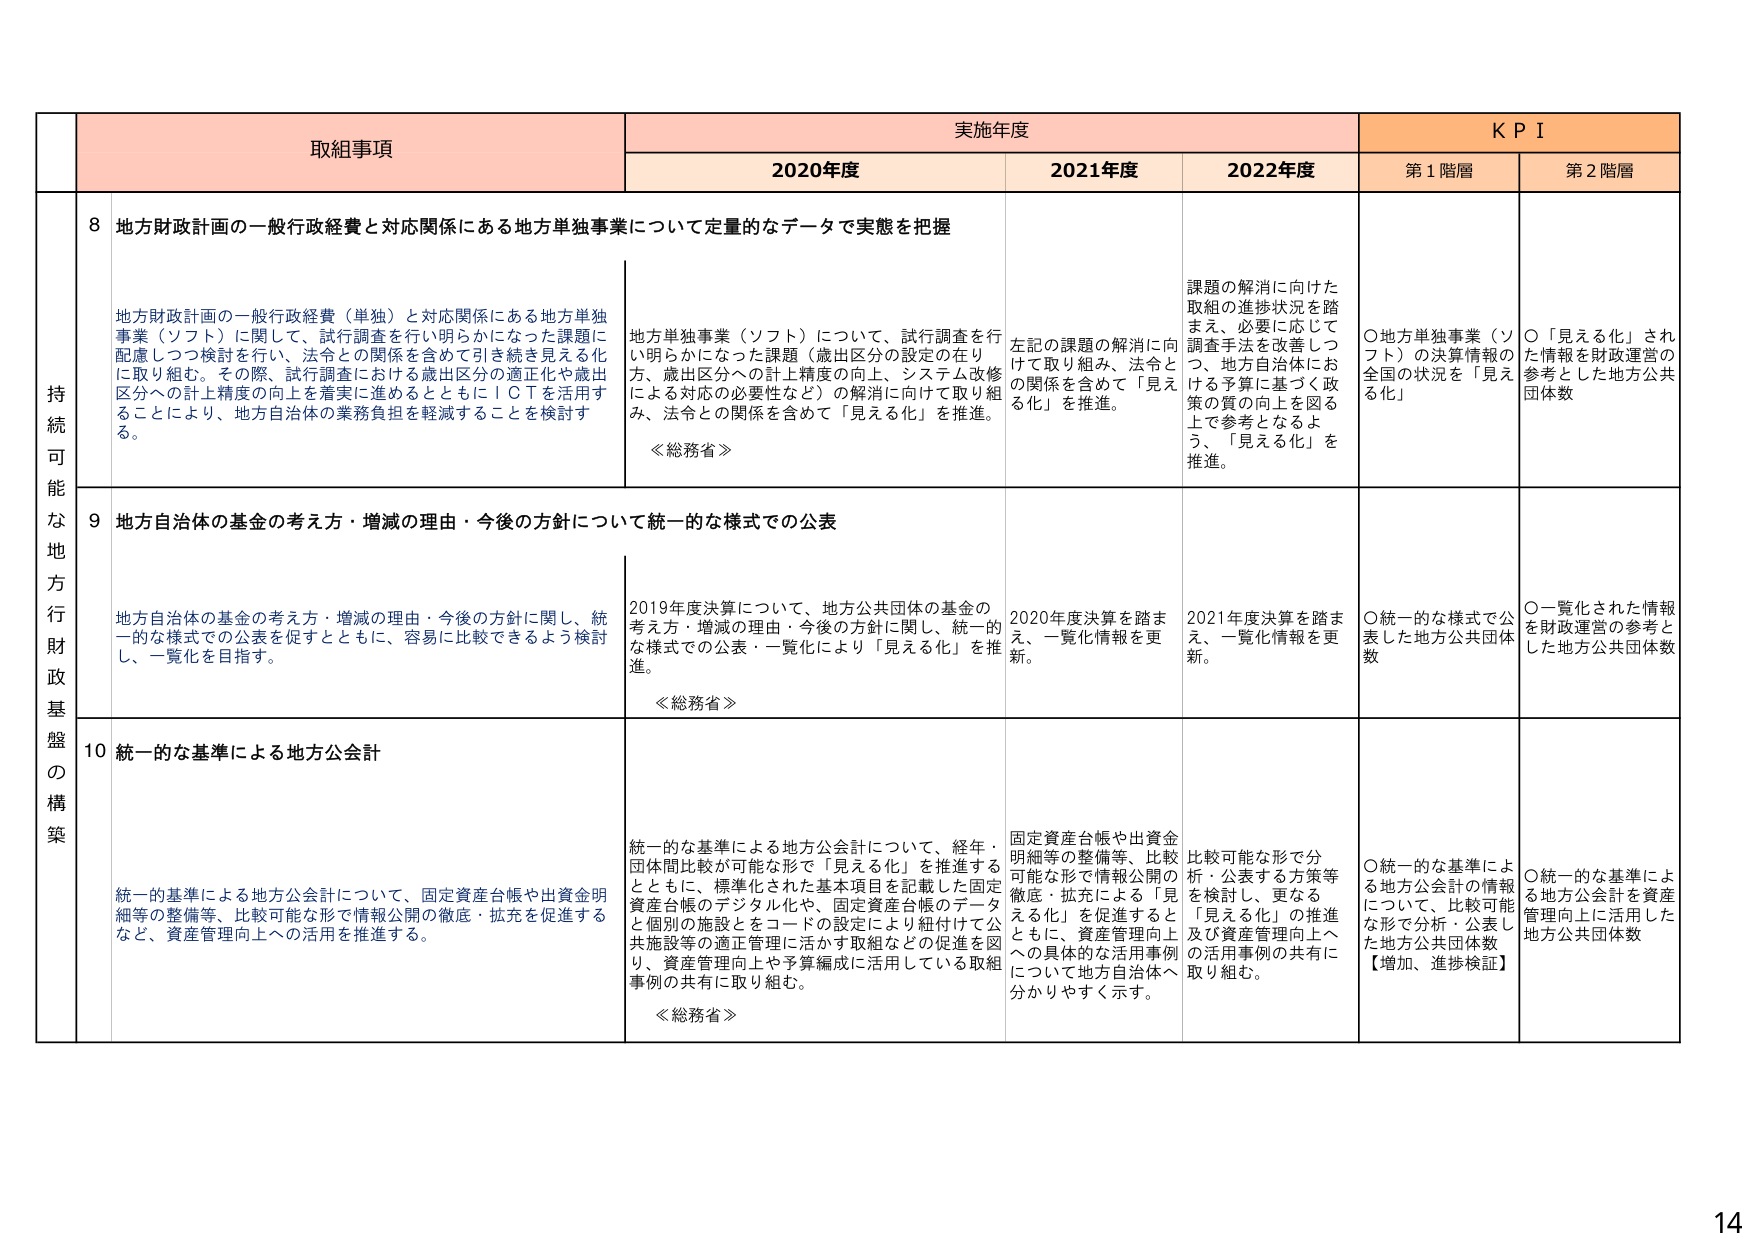
取組事項　　実施年度　　ＫＰＩ
　　　　　　　2020年度　　2021年度　　2022年度　　第1階層　　第2階層

持続可能な地方行政財政基盤の構築

8 地方財政計画の一般行政経費と対応関係にある地方単独事業について定量的なデータで実態を把握

地方財政計画の一般行政経費（単独）と対応関係にある地方単独事業（ソフト）に関して、試行調査を行い明らかになった課題に配慮しつつ検討を行い、法令との関係を含めて引き続き見える化に取り組む。その際、試行調査における歳出区分の適正化や歳出区分への計上精度の向上を着実に進めるとともにＩＣＴを活用することにより、地方自治体の業務負担を軽減することを検討する。

地方単独事業（ソフト）について、試行調査を行い明らかになった課題（歳出区分の設定の在り方、歳出区分への計上精度の向上、システム改修による対応の必要性など）の解消に向けて取り組み、法令との関係を含めて「見える化」を推進。
≪総務省≫

左記の課題の解消に向けて取り組み、法令との関係を含めて「見える化」を推進。

課題の解消に向けた取組の進捗状況を踏まえ、必要に応じて調査手法を改善しつつ、地方自治体における予算に基づく政策の質の向上を図る上で参考となるよう、「見える化」を推進。

〇地方単独事業（ソフト）の決算情報の全国の状況を「見える化」

〇「見える化」された情報を財政運営の参考とした地方公共団体数

9 地方自治体の基金の考え方・増減の理由・今後の方針について統一的な様式での公表

地方自治体の基金の考え方・増減の理由・今後の方針に関し、統一的な様式での公表を促すとともに、容易に比較できるよう検討し、一覧化を目指す。

2019年度決算について、地方公共団体の基金の考え方・増減の理由・今後の方針に関し、統一的な様式での公表・一覧化により「見える化」を推進。
≪総務省≫

2020年度決算を踏まえ、一覧化情報を更新。

2021年度決算を踏まえ、一覧化情報を更新。

〇統一的な様式で公表した地方公共団体数

〇一覧化された情報を財政運営の参考とした地方公共団体数

10 統一的な基準による地方公会計

統一的基準による地方公会計について、固定資産台帳や出資金明細等の整備等、比較可能な形で情報公開の徹底・拡充を促進するなど、資産管理向上への活用を推進する。

統一的な基準による地方公会計について、経年・団体間比較が可能な形で「見える化」を推進するとともに、標準化された基本項目を記載した固定資産台帳のデジタル化や、固定資産台帳のデータと個別の施設をコードの設定により紐付けて公共施設等の適正管理に活かす取組などの促進を図り、資産管理向上や予算編成に活用している取組事例の共有に取り組む。
≪総務省≫

固定資産台帳や出資金明細等の整備等、比較可能な形で情報公開の徹底・拡充による「見える化」を促進するとともに、資産管理向上への具体的な活用事例について地方自治体へ分かりやすく示す。

比較可能な形で分析・公表する方策等を検討し、更なる「見える化」の推進及び資産管理向上への活用事例の共有に取り組む。

〇統一的な基準による地方公会計の情報について、比較可能な形で分析・公表した地方公共団体数【増加、進捗検証】

〇統一的な基準による地方公会計を資産管理向上に活用した地方公共団体数

14